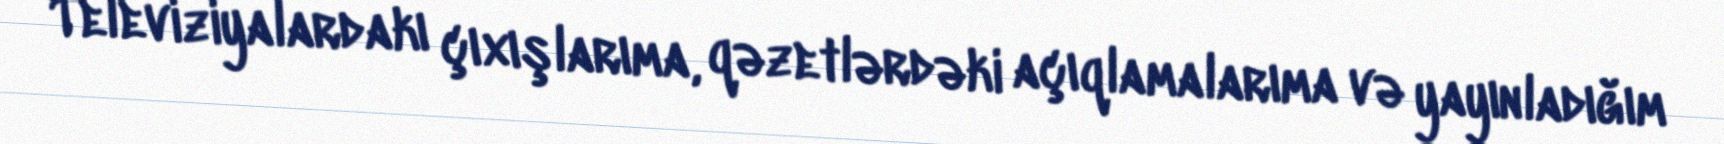
Televiziyalardakı çıxışlarıma, qəzetlərdəki açıqlamalarıma və yayınladığım